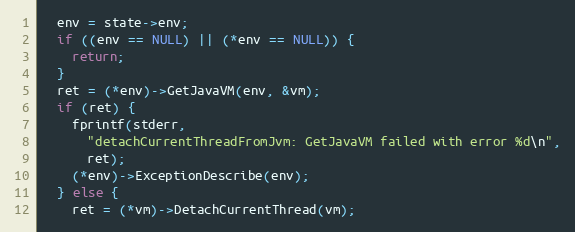
Language: C
  env = state->env;
  if ((env == NULL) || (*env == NULL)) {
    return;
  }
  ret = (*env)->GetJavaVM(env, &vm);
  if (ret) {
    fprintf(stderr,
      "detachCurrentThreadFromJvm: GetJavaVM failed with error %d\n",
      ret);
    (*env)->ExceptionDescribe(env);
  } else {
    ret = (*vm)->DetachCurrentThread(vm);